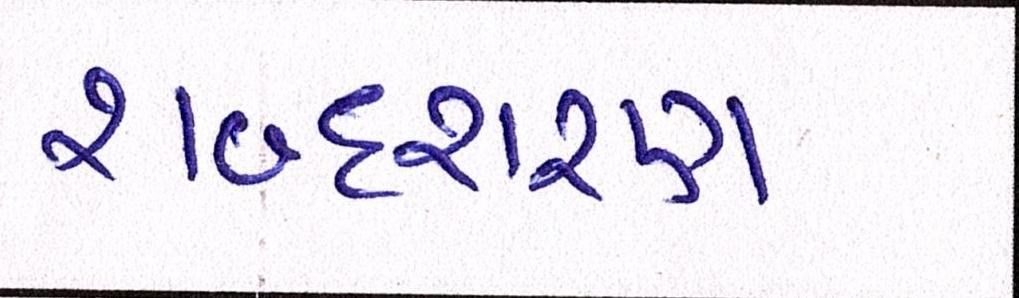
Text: શબ્દશરણ